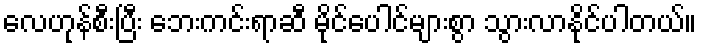
လေဟုန်စီးပြီး ဘေးကင်းရာဆီ မိုင်ပေါင်များစွာ သွားလာနိုင်ပါတယ်။